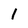
Character: 1